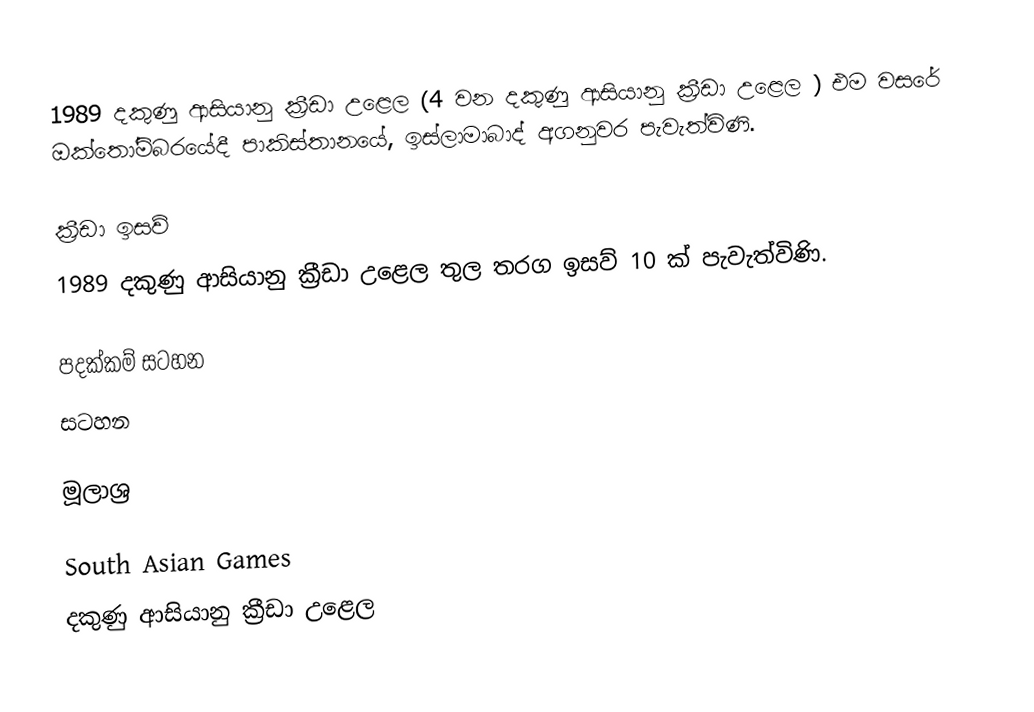
1989 දකුණු ආසියානු ක්‍රීඩා උළෙල (4 වන දකුණු ආසියානු ක්‍රීඩා උළෙල ) එම වසරේ ඔක්තෝම්බරයේදී  පාකිස්තානයේ, ඉස්ලාමාබාද් අගනුවර පැවැත්විණි.

ක්‍රීඩා ඉසව්
1989 දකුණු ආසියානු ක්‍රීඩා උළෙල තුල තරග ඉසව් 10 ක් පැවැත්විණි.

පදක්කම් සටහන
සටහන

මූලාශ්‍ර

South Asian Games
දකුණු ආසියානු ක්‍රීඩා උළෙල